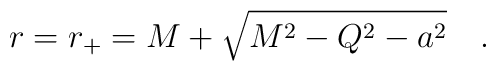
r=r_+=M+\sqrt{M^2-Q^2-a^2}~~~.